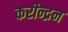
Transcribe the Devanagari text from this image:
करीन्द्रन